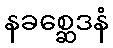
နခစ္ဆေဒနံ